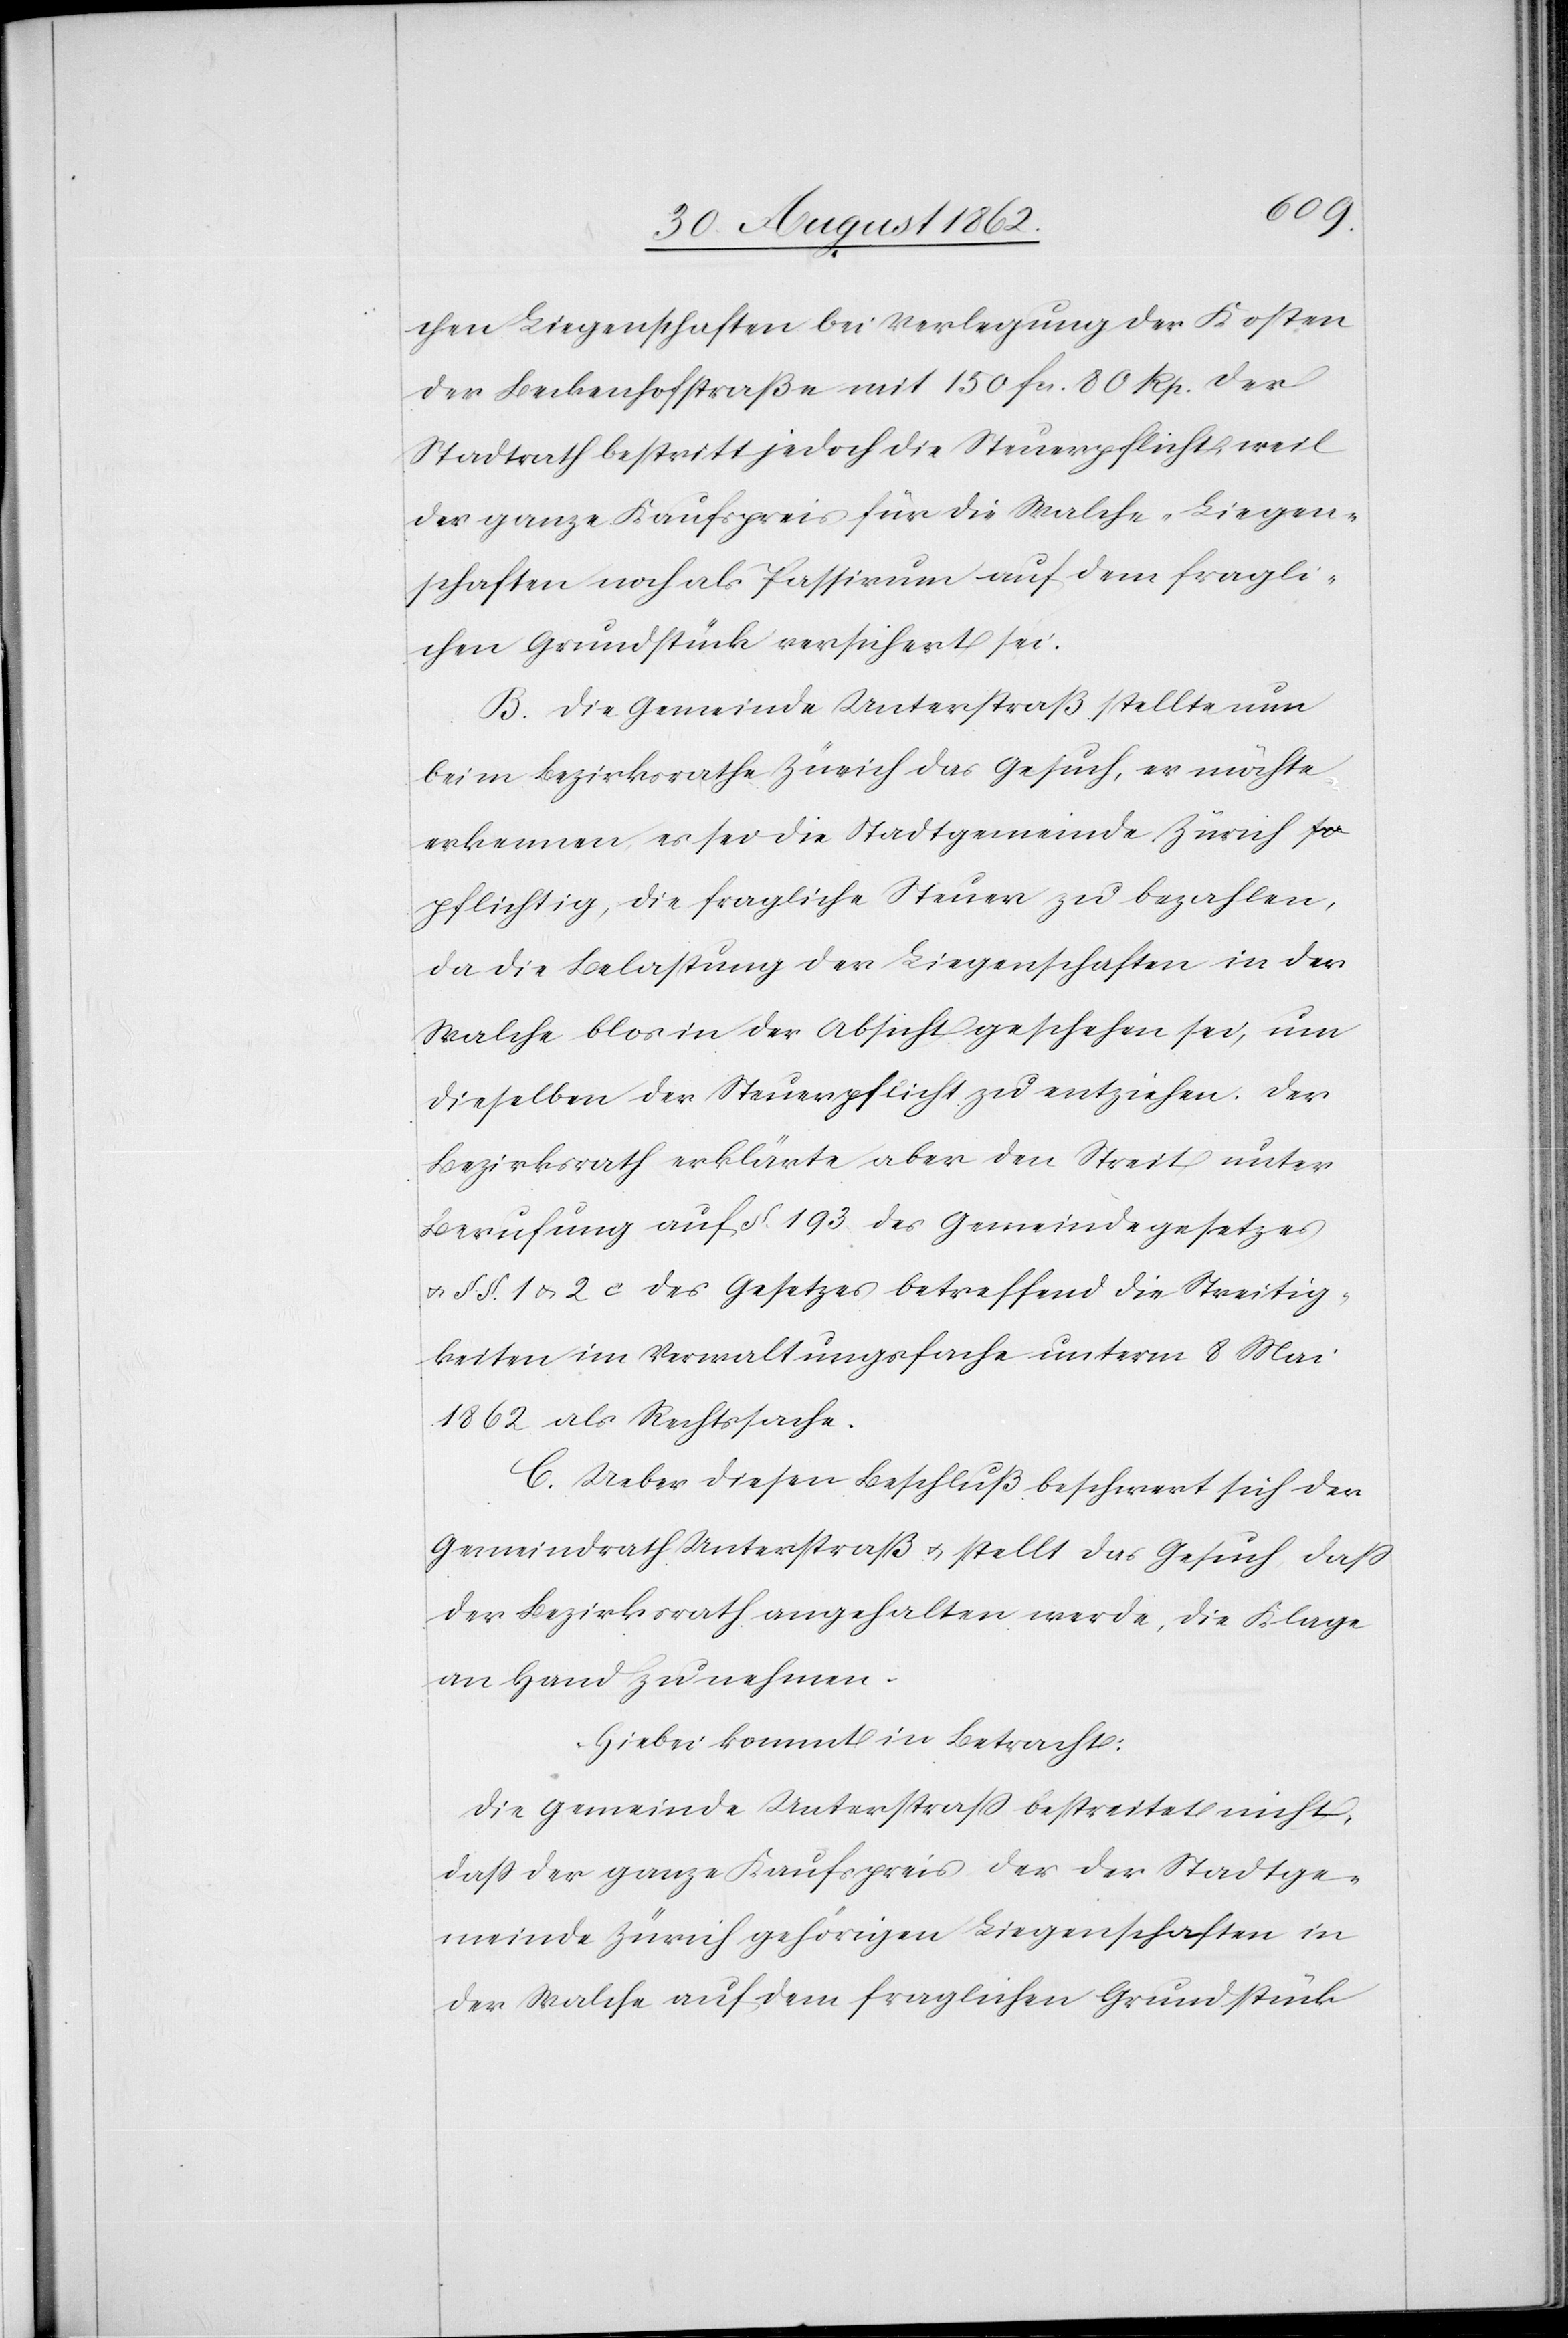
chen Liegenschaften bei Verlegung der Kosten
der Beckenhofstraße mit 150 fcs. 80 Rp. Der
Stadtrath bestritt jedoch die Steuerpflicht, weil
der ganze Kaufspreis für die Walche-Liegen¬
schaften noch als Passivum auf dem fragli¬
chen Grundstück versichert sei.
B. Die Gemeinde Unterstraß stellte nun
beim Bezirksrathe Zürich das Gesuch, er möchte
erkennen, es sei die Stadtgemeinde Zürich
pflichtig, die fragliche Steuer zu bezahlen,
da die Belastung der Liegenschaften in der
Walche blos in der Absicht geschehen sei, um
dieselben der Steuerpflicht zu entziehen. Der
Bezirksrath erklärte aber den Streit unter
Berufung auf §. 193 des Gemeindegesetzes
u. §§. 1 u. 2c des Gesetzes betreffend die Streitig¬
keiten im Verwaltungsfache unterm 8. Mai
1862 als Rechtssache.
C. Ueber diesen Beschluß beschwert sich der
Gemeindrath Unterstraß u. stellt das Gesuch, daß
der Bezirksrath angehalten werde, die Klage
an Hand zu nehmen.
Hiebei kommt in Betracht:
Die Gemeinde Unterstraß bestreitet nicht,
daß der ganze Kaufspreis der der Stadtge¬
meinde Zürich gehörigen Liegenschaften in
der Walche auf dem fraglichen Grundstück